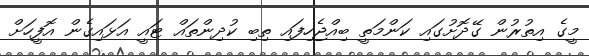
މީގެ އިތުރުން ގޭދޮށުގައި ކަންމަތީ ބިއްޖެހިފައި ތިބި ކުދިންތައް ޓައީ އަޅައިގެން އޮފީހަށް